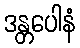
ဒန္တပေါနံ